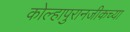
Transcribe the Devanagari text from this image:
कोल्हापुरानजीकच्या